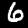
Label: 6